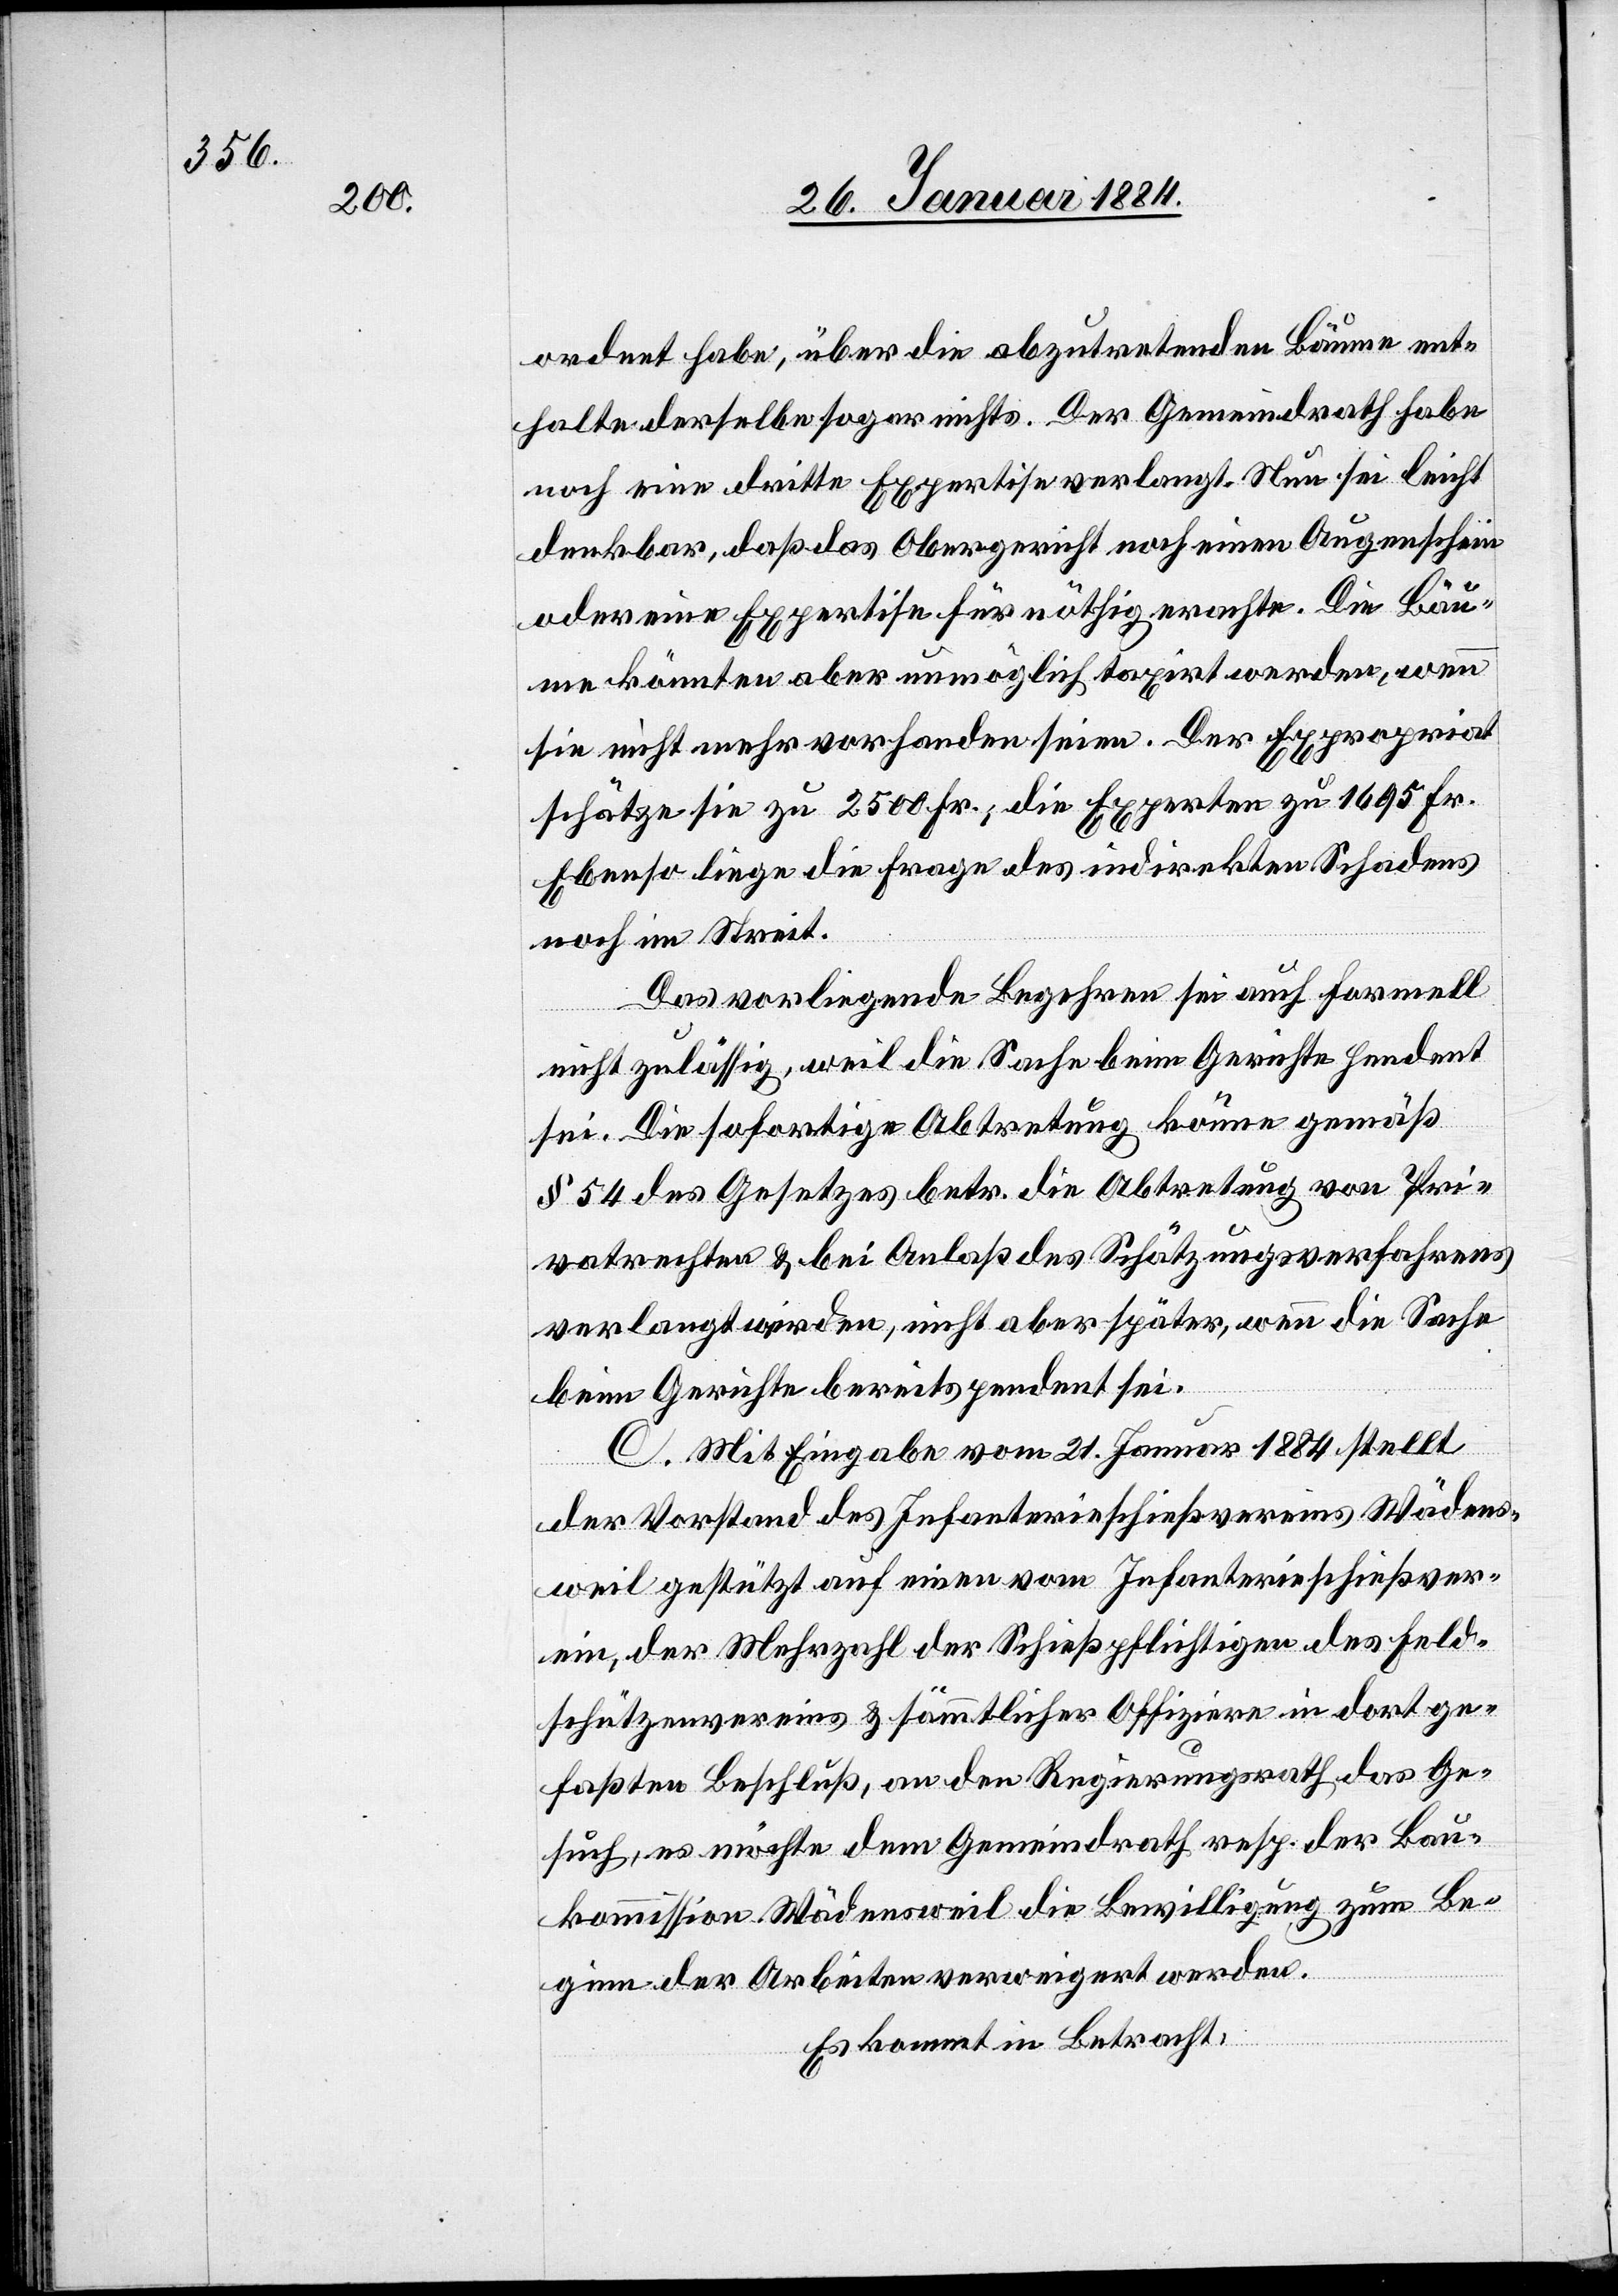
ordnet habe, über die abzutretenden Bäume ent¬
halte derselbe sogar nichts. Der Gemeindrath habe
noch eine dritte Expertise verlangt. Nun sei leicht
denkbar, daß das Obergericht noch einen Augenschein
oder eine Expertise für nöthig erachte. Die Bäu¬
me könnten aber unmöglich taxirt werden, wenn
sie nicht mehr vorhanden seien. Der Expropriant
schätze sie zu 2500 Fr., die Experten zu 1695 Fr.
Ebenso liege die Frage des indirekten Schadens
noch im Streit.
Das vorliegende Begehren sei auch formell
nicht zulässig, weil die Sache beim Gerichte pendent
sei. Die sofortige Abtretung könne gemäß
§ 54 des Gesetzes betr. die Abtretung von Pri¬
vatrechten & bei Anlaß des Schätzungsverfahrens
verlangt werden, nicht aber später, wenn die Sache
beim Gerichte bereits pendent sei.
C. Mit Eingabe vom 21. Januar 1884 stellt
der Vorstand des Infanterieschießvereins Wädens¬
weil gestützt auf eine vom Infanterieschießver¬
ein, der Mehrzahl der Schießpflichtigen des Feld¬
schützenvereins & sämmtlicher Offiziere in dort ge¬
faßten Beschluß, an den Regierungsrath das Ge¬
such, es möchte dem Gemeindrath resp. der Bau¬
kommission Wädensweil die Bewilligung zum Be¬
ginn der Arbeiten verweigert werden.
Es kommt in Betracht: